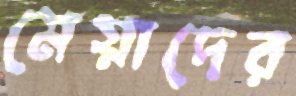
মেয়াদের